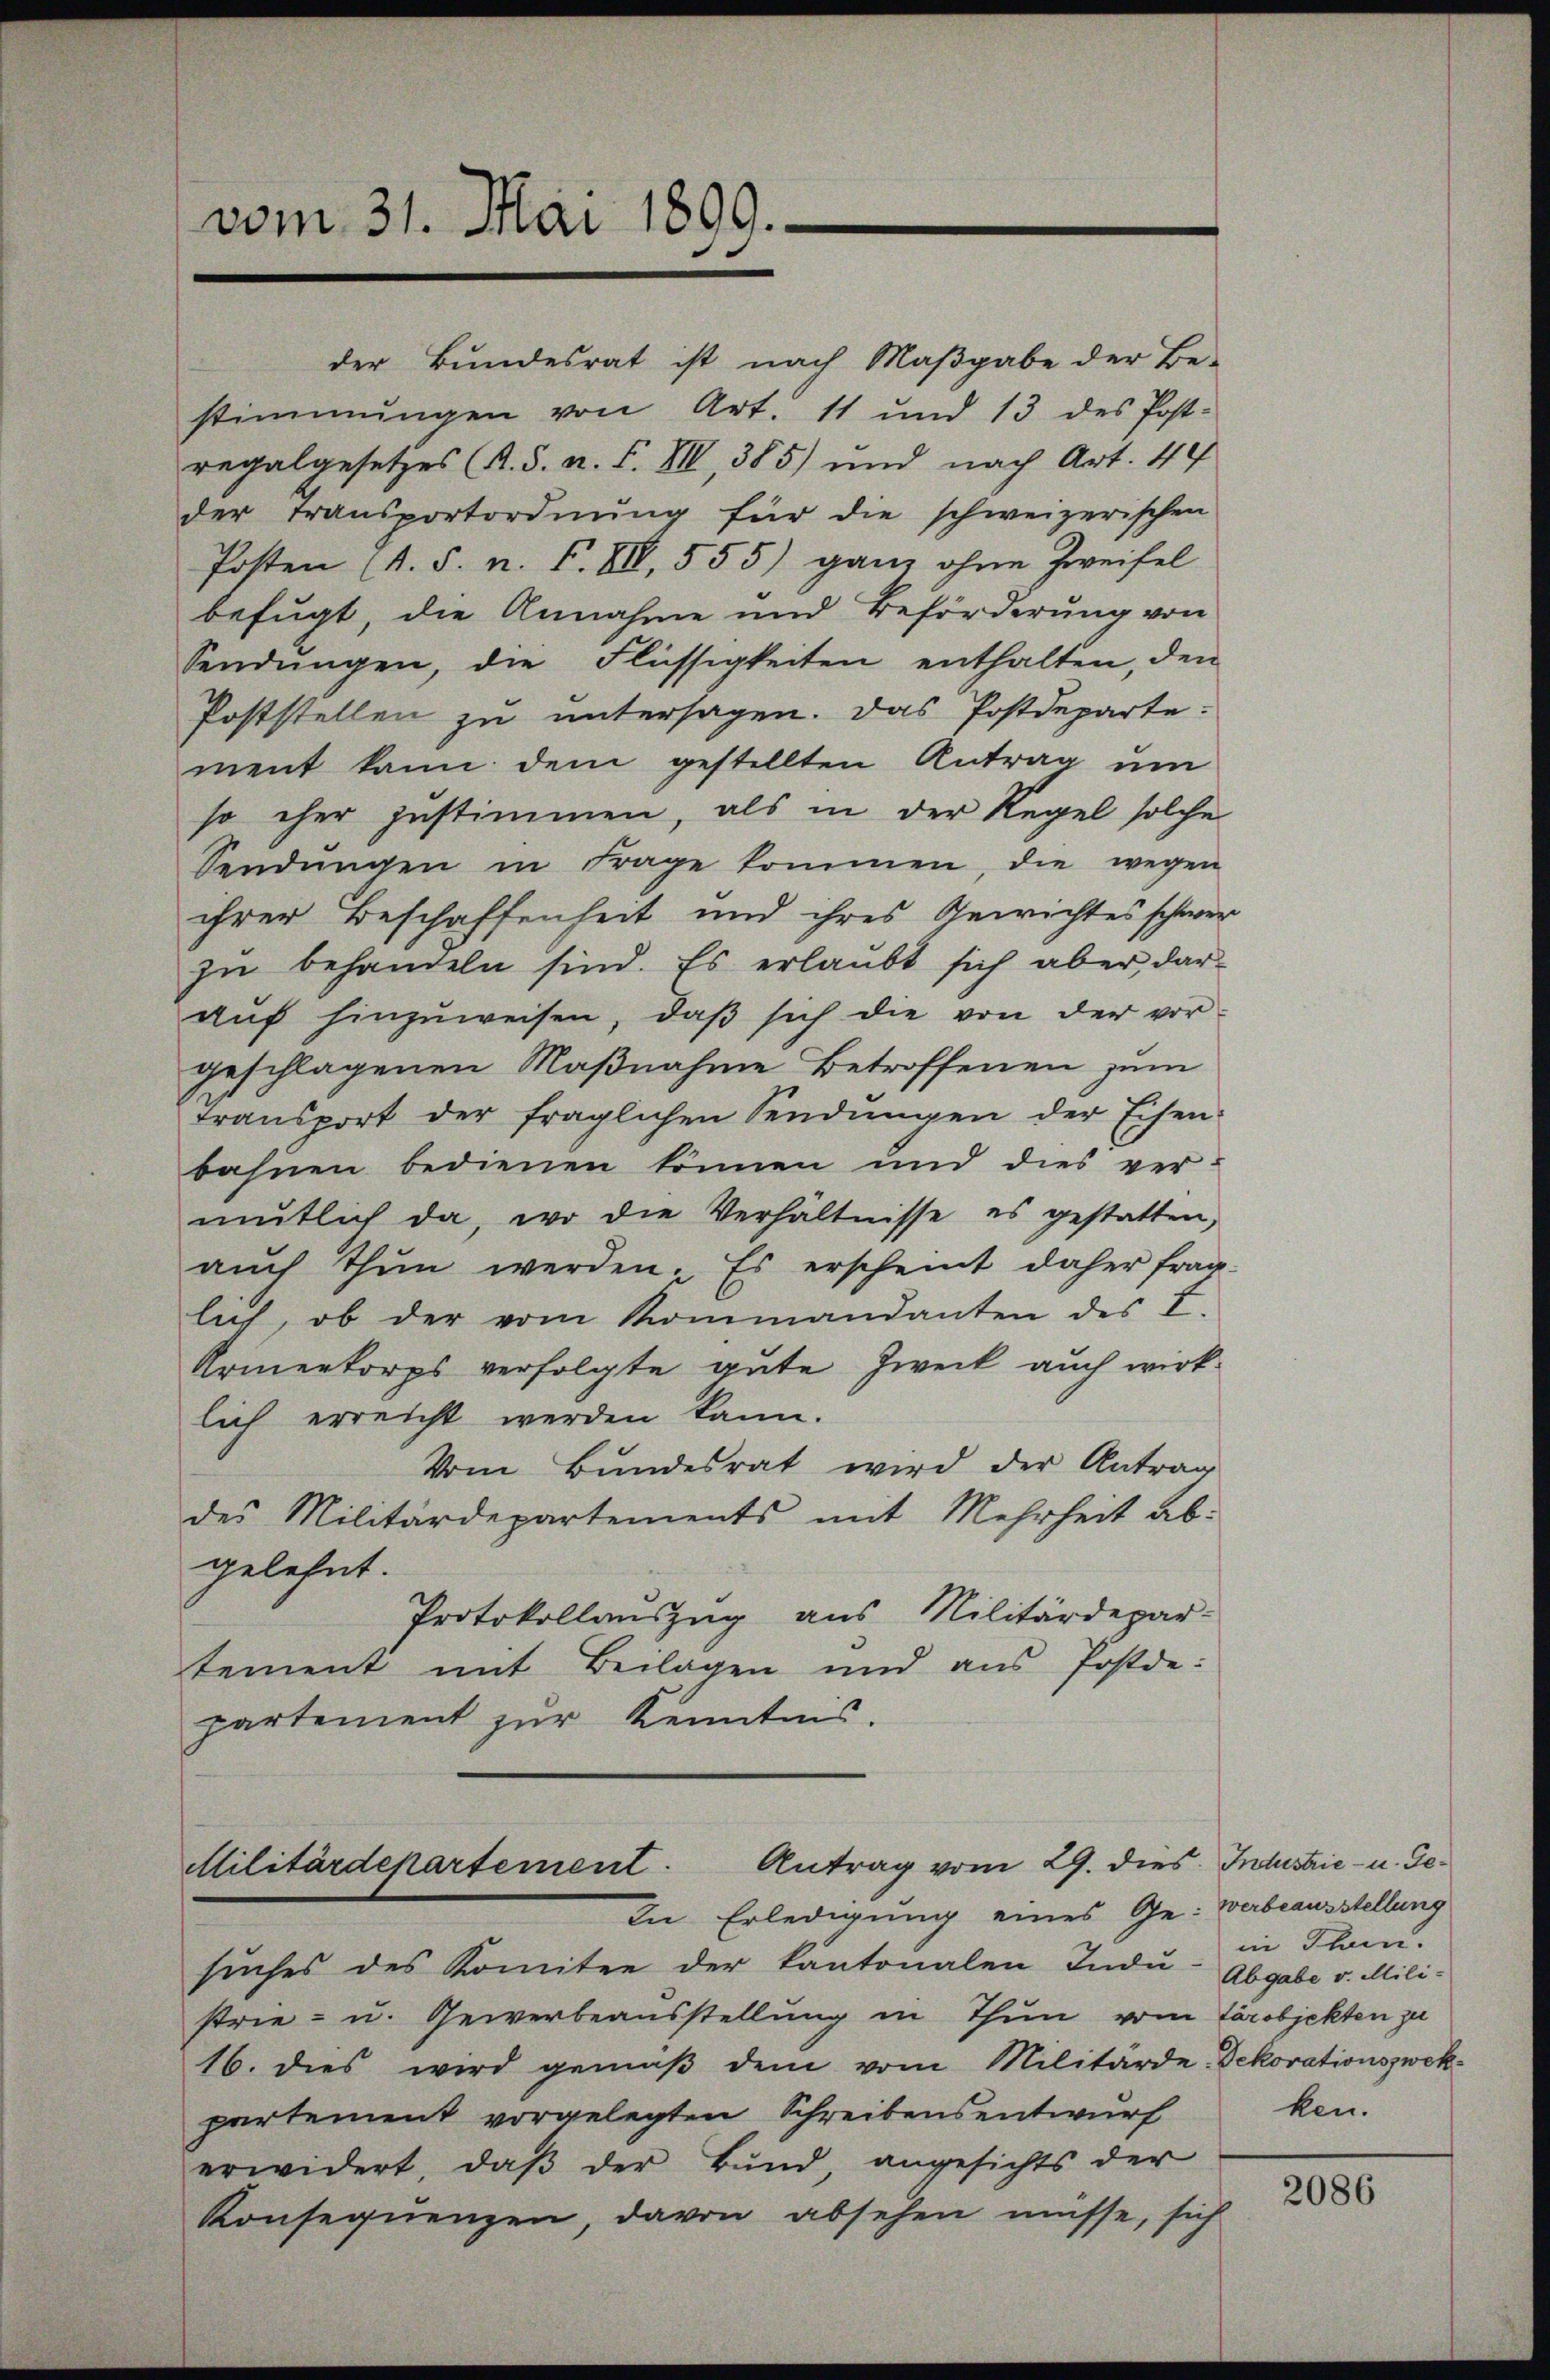
vom 31. Mai 1899.

der Bŭndesrat ist nach Maβgabe der Be-
stimmungen von Art. 11 und 13 des Post-
regalgesetzes A. S. n. F. VII, 385) und nach Art. 44
der Transportordnŭng für die schweizerischen
Posten (s. S. n. F. VII, 555) ganz ohne Zweifel
befugt, die Annahme und Beförderung von
Sendŭngen, die Flüssigkeiten enthalten, den
Poststellen zu untersagen. Das Postdeparte-
ment kann dem gestellten Antrag um
so eher zustimmen, als in der Regel solche
Sendŭngen in Frage kommen, die wegen
ihrer Beschaffenheit und ihres Gewichtes schwer
zu behandeln sind. Es erlaubt sich aber darauf hinzuweisen, daß sich die von der vorgeschlagenen Maßnahme Betroffenen zum
transport der fraglichen Sendŭngen der Eisen-
bahnen bedienen können und dies ver-
mŭtlich da, wo die Verhältnisse es gestatten,
aŭch thun werden. Es erscheint daher frag-
lich, ob der vom Kommandanten des L.
Armenkorps verfolgte gute Zweck auch wirklich erreicht werden kann.
Vom Bundesrat wird der Antrag
des Militärdepartements mit Mehrheit ab-
gelehnt.
Protokollaŭszŭg ans Militärdepar-
tement mit Beilagen und ans Postde.
partement zur Kenntnis.
Antrag vom 29. dies Industrie- u. Ge¬
Militärdepartement.
In Erledigung eines Gewerbeausstellung
suches des Komitee der kantonalen Indŭ-Abgabe v. Mili-
strie- u. Gewerbeausstellung in Thun vom Tarobjekten zu
16. dies wird gemäβ dem vom Militärde-Dekorationszwek-
partement vorgelegten Schreibensentwurf
erwidert, daß der Bund, angesichts der
Konsequenzen, davon absehen müsse, sich

in Thun.
ken.

2086